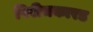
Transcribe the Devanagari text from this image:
पिरीचकारड